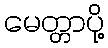
မေတ္တာပို့